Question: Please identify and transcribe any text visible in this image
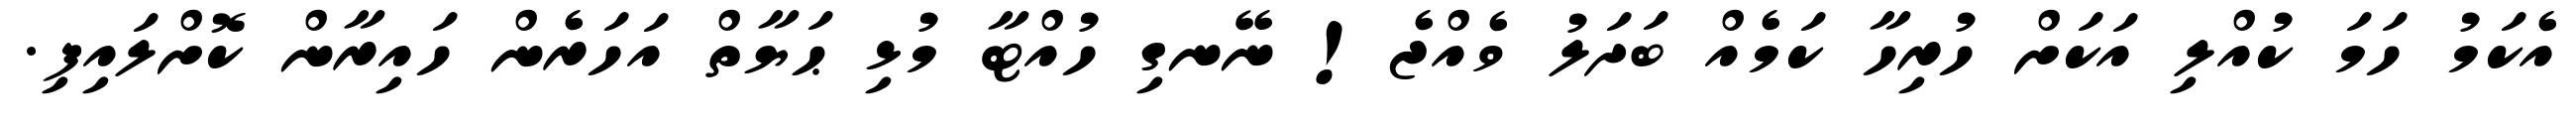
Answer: އެކަމު ހަމަ ކުއްލި އަކަށް ހުރިހާ ކަމެއް ބަދަލު ވެއްޖެ! ނޭނގި ހުއްޓާ މުޅި ޙަޔާތް އަހަރެން ހައިރާން ކޮށްލައިފި.